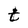
Character: t